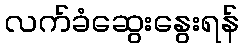
လက်ခံဆွေးနွေးရန်